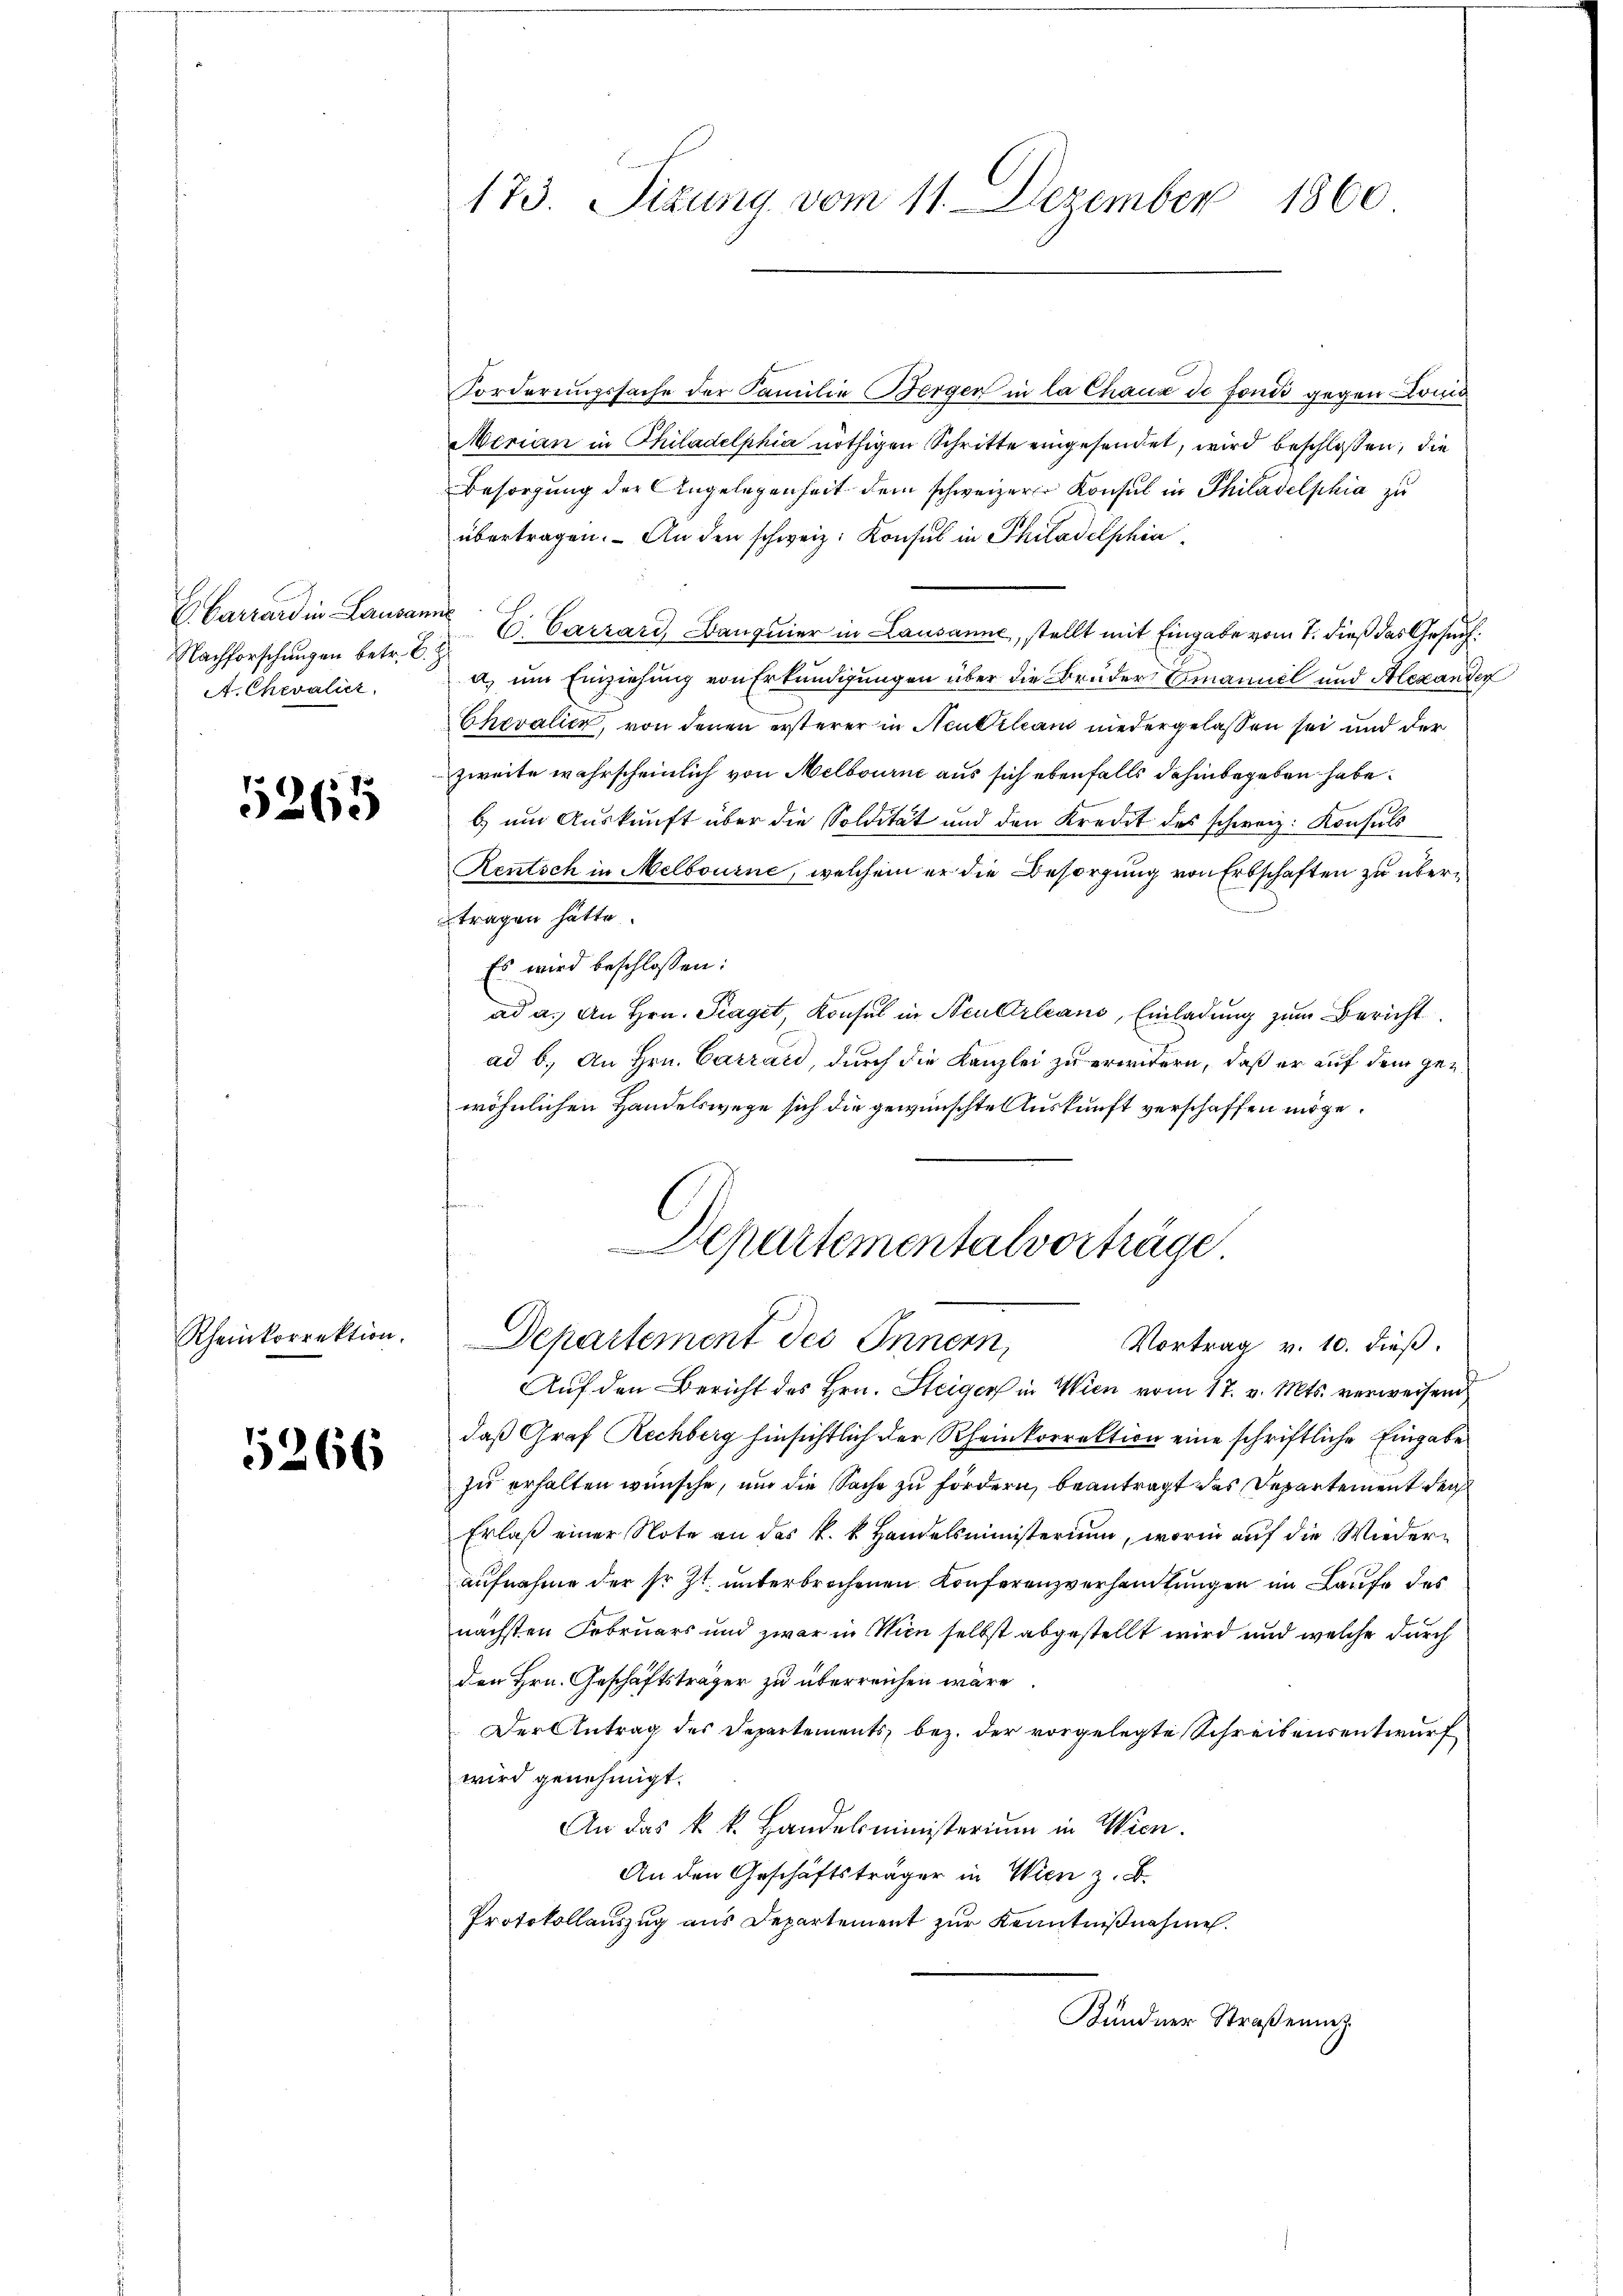
E Carrard in Lausanne
Nachforschungen betr. C. R.
A. Chevalier

5265

Rheinkorrektion.

5266

Forderungssache der Familie Bergen in la Chaux de fonds gegen Doma
Merian in Philadelphia nöthigen Schritte eingesendet, wird beschloßen, die
Besorgung der Angelegenheit dem schweizerer Konsul in Philadelphia zu
übertragen. An den schweiz. Konsul in Philadelphia
E Carrard, Banquier in Lausanne, stellt mit Eingabe vom 7. dieß das Gesuch:
a, um Einziehung von Erkundigungen über die Bruder Emanuel und Alexande,
Chevalick, von denen ersterer in Neutilian niedergelassen sei und der
zweite wahrscheinlich von Melbourne aus sich ebenfalls dahinbegeben habe.
b) um Auskunft über die Soldität und den Kredit des schweiz. Konsuls
Rentsch in Melbourne, welchem er die Besorgung von Erbschaften zu übertragen hätte.
Es wird beschlossen:
ad a. An Hrn. Traget Konsul in Neulerleans, Einladung zum Bericht
ad b.) An Hrn. Carrard, durch die Kanzlei zu erwidern, daß er auf dem gewöhnlichen Handelswege sich die gewünschte Auskunft verschaffen möge.
Departementalverträge
Departement des Innern,
Vortrag v. 10. dieß.
Auf den Bericht des Hrn. Steiger in Wien vom 17. v. Mts. verweisend
daß Graf Rechberg hinsichtlich der Rheinkorrektion eine schriftliche Eingabe
zu erhalten wünsche, um die Sache zu fördern, beantragt des Departement der
Erlaß einer Note an das k. k. Handelsministerium, worin auf die Wiederaufnahme der sr. Zt. unterbrochenen Konferenzverhandlungen im Laufe des
nächsten Februars und zwar in Wien selbst abgestellt wird und welche durch
den Hrn. Geschäftsträger zu überreichen wäre.
Der Antrag des Departements, bez. der vorgelegte Schreibensentwurf
wird genehmigt.
An das k. k. Handelsministerium in Wien.
An den Geschäftsträger in Wien z. B.
Protokollauszug aus Departement zur Kenntnißnahme.
Kundner Straßenne

173. Sizung vom 11. Dezember 1860